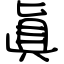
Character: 眞